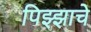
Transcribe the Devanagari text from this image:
पिझ्झाचे